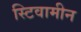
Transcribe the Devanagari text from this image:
स्टिवामीन